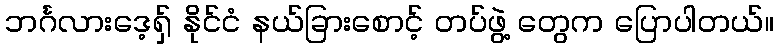
ဘင်္ဂလားဒေ့ရှ် နိုင်ငံ နယ်ခြားစောင့် တပ်ဖွဲ့ တွေက ပြောပါတယ်။